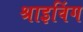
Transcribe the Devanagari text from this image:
श्राइविंग